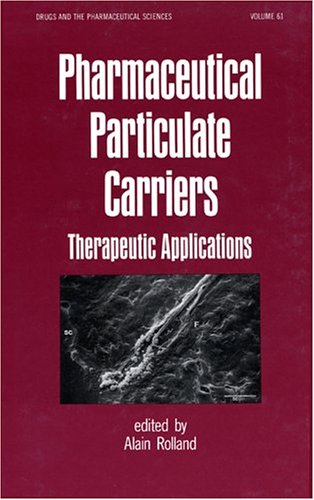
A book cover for Pharmaceutical Particulate Carriers: Therapeutic Applications (Drugs and the Pharmaceutical Sciences); Medical Books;